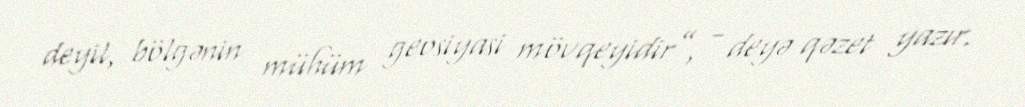
deyil, bölgənin mühüm geosiyasi mövqeyidir”, - deyə qəzet yazır.